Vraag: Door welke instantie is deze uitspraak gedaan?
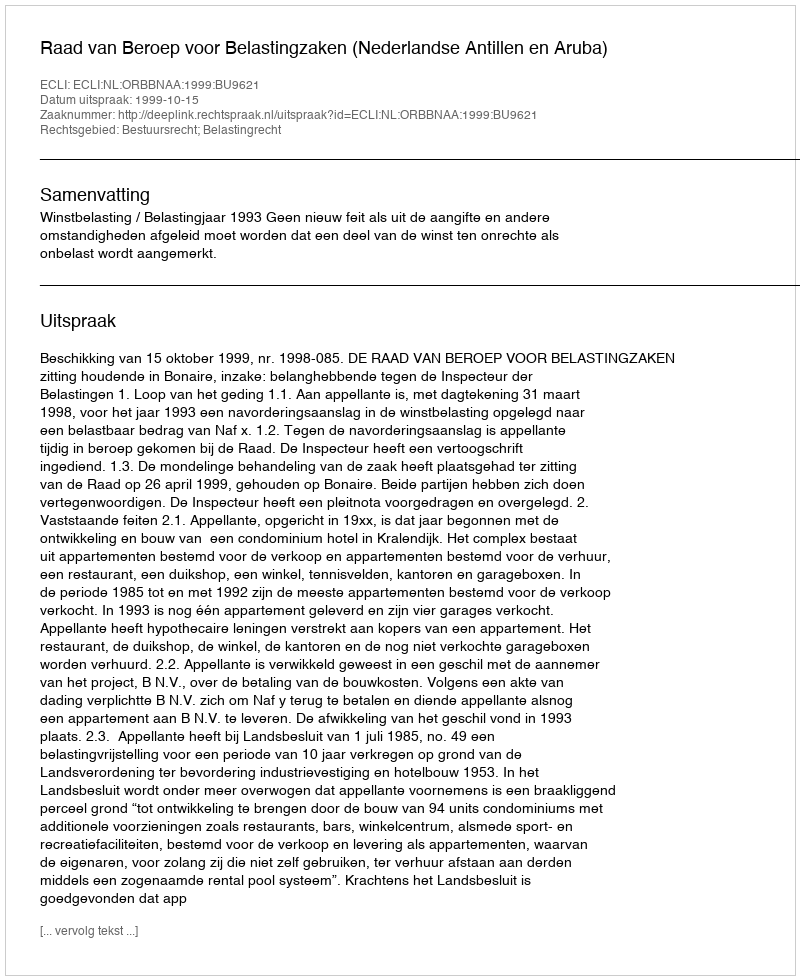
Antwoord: Raad van Beroep voor Belastingzaken (Nederlandse Antillen en Aruba)